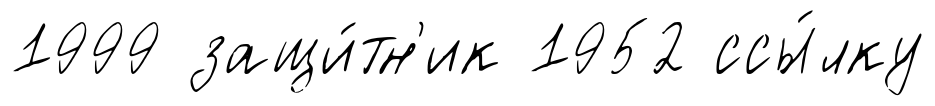
1999 защи́тн'ик 1952 ссы́лку